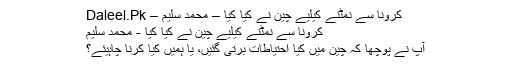
کرونا سے نمٹنے کیلیے چین نے کیا کیا – محمد سلیم – Daleel.Pk
کرونا سے نمٹنے کیلیے چین نے کیا کیا - محمد سلیم
آپ نے پوچھا کہ چین میں کیا احتیاطات برتی گئیں، یا ہمیں کیا کرنا چاہیئے؟